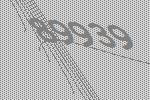
89939